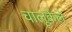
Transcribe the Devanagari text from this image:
चालूकेले